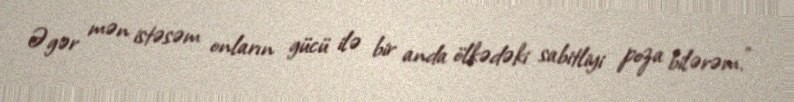
Əgər mən istəsəm onların gücü ilə bir anda ölkədəki sabitliyi poza bilərəm.”